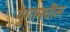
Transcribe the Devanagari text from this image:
युगामधील